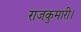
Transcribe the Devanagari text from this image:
राजकुमारी।